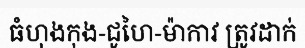
ធំហុងកុង-ជូហៃ-ម៉ាកាវ ត្រូវដាក់